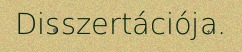
Disszertációja.